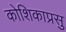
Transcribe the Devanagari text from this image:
कोशिकाप्रसु